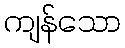
ကျန်သော